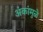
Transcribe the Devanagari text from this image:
अंकांमुळे